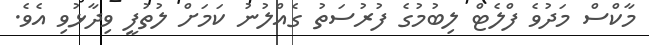
މާކްސް މަދުވެ ފްލެޓް ލިބުމުގެ ފުރުސަތު ގެއްލުނު ކަމަށް ލުތުފީ ވިދާޅުވި އެވެ.